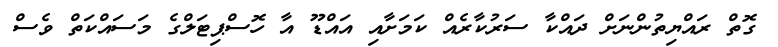
ގޮތް ރައްޔިތުންނަށް ދައްކާ ސަރުކާރެއް ކަމަށާއި އައްޑޫ އާ ހޮސްޕިޓަލްގެ މަސައްކަތް ވެސް